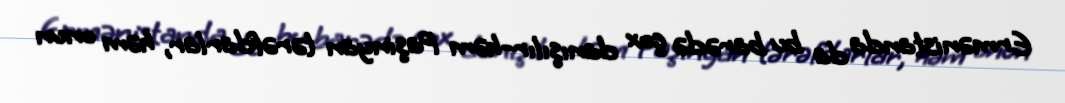
Ermənistanda da bu barədə çox danışılır-həm Paşinyan tərəfdarlar, həm onun